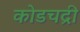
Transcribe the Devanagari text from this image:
कोडचद्री